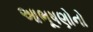
આભૂષણોનો